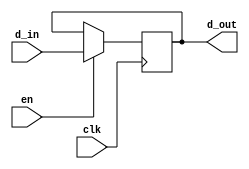
`timescale 1ns / 1ps
module test_1bit(
input d_in, // Data input
input clk, // clock input
input en,
output reg d_out// output Q
);
always @(posedge clk)
begin
if(en)
d_out<= d_in;
end
endmodule